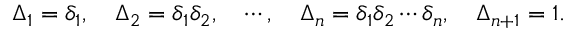
\Delta _ { 1 } = \delta _ { 1 } , \quad \Delta _ { 2 } = \delta _ { 1 } \delta _ { 2 } , \quad \cdots , \quad \Delta _ { n } = \delta _ { 1 } \delta _ { 2 } \cdots \delta _ { n } , \quad \Delta _ { n + 1 } = 1 .